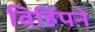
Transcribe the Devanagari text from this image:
विहिंपने